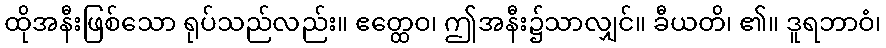
ထိုအနီးဖြစ်သော ရုပ်သည်လည်း။ ဧတ္ထေဝ၊ ဤအနီး၌သာလျှင်။ ခီယတိ၊ ၏။ ဒူရဘာဝံ၊